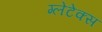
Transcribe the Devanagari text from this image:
ग्लेंटेक्स